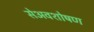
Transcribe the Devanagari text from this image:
सेअवशोषण